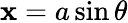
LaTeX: \mathbf{x}=a\sin\theta